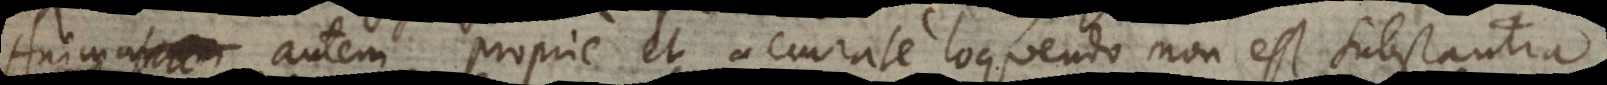
Anima autem proprie et accurate loquendo non est substantia,